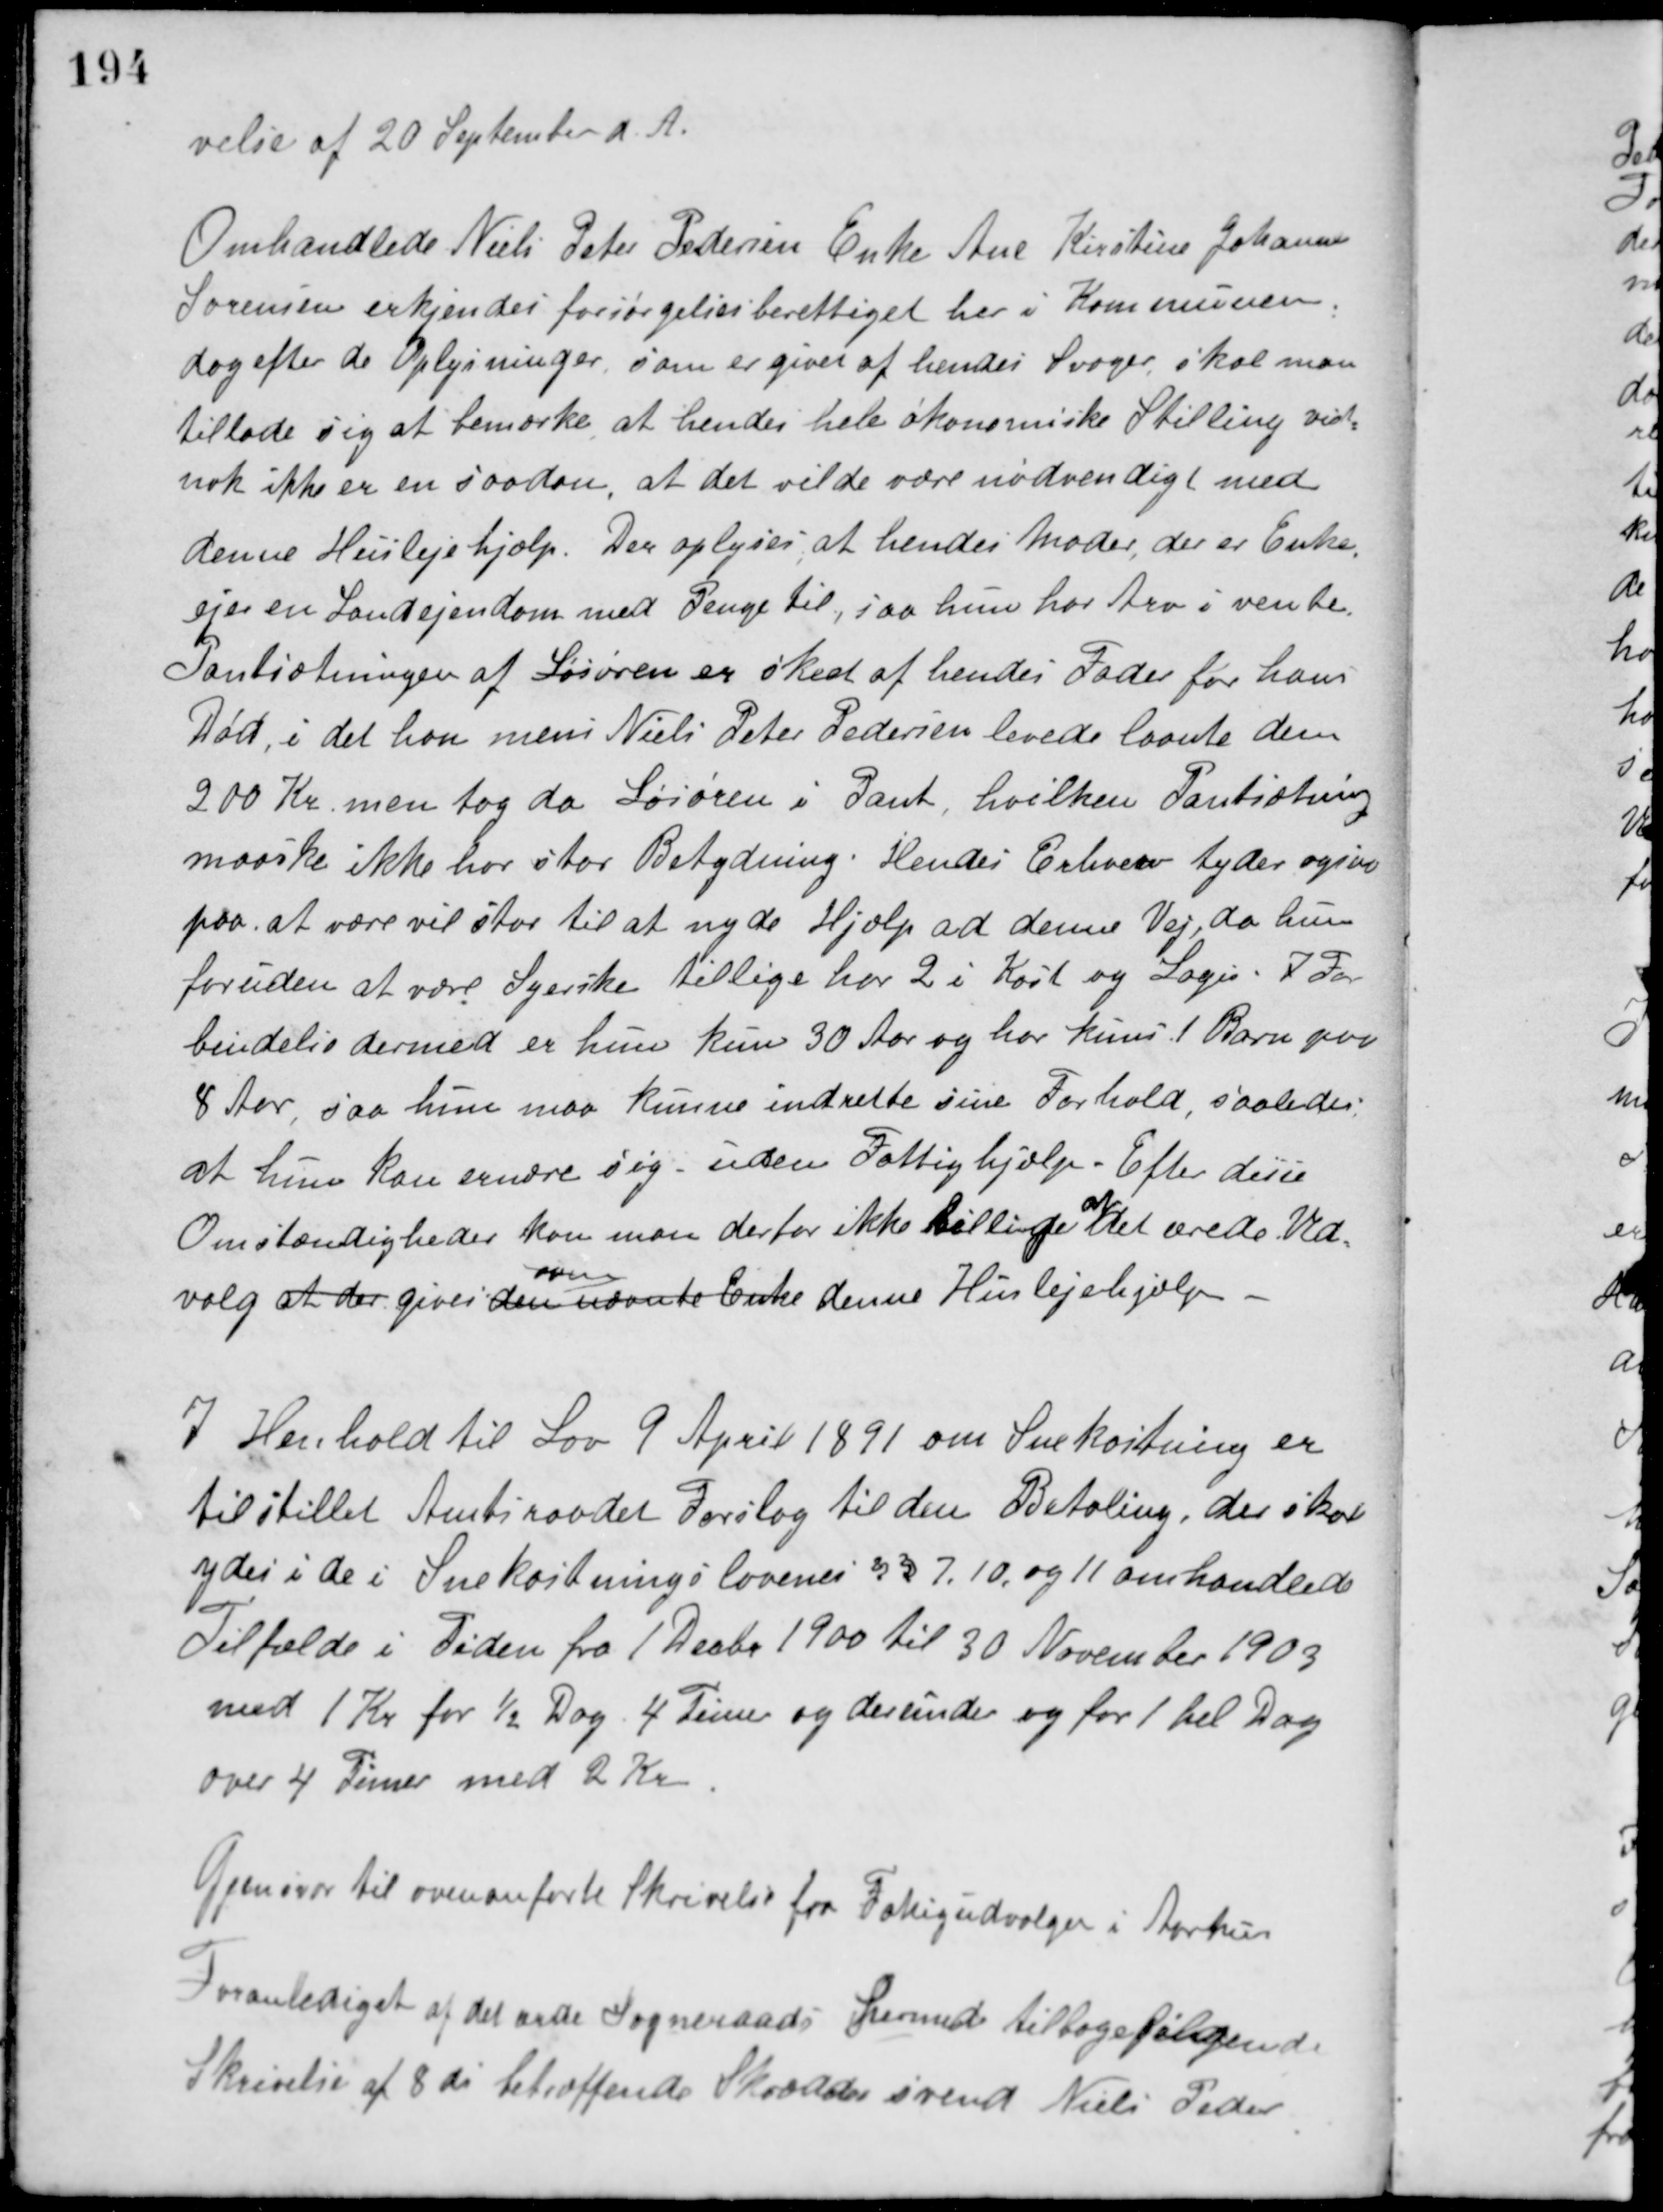
Transskription:
velse af 20 September d. A.
Omhandlede Niels Peter Pedersen Enke Ane Kirstine Johanne
Sørensen erkjendes forsørgelsesberettiget her i Kommunen.
dog efter de Oplysninger, som er givet af hendes Svoger, skal man
tillade sig at bemærke at hendes hele økonomiske Stilling vel
nok ikke er en saadan, at det vilde være nødvendigt med
denne Huslejehjælp. Der oplyses, at hendes Moder, der er Enke,
ejer en Landejendom med Penge til, saa hun har Arv i vente.
Pantsætningen af Løsøren er skeet af hendes Fader før hans
Død, i det han mens Niels Peter Pedersen levede laante dem
200 Kr. men tog da Løsøren i Pant, hvilken Pantsætning
maaske ikke har stor Betydning. Hendes Erhverv tyder ogsaa
paa, at være vel stor til at nyde Hjælp ad denne Vej, da hun
foruden at være Syerske tillige har 2 i Kost og Logi. I For-
bindelse dermed er hun kun 30 Aar og har kuns 1 Barn paa
8 Aar, saa hun maa kunne indrette sine Forhold, saaledes
at hun kan ændre sig, uden Fattighjælp - Efter disse
Omstændigheder kan man derfor ikke billige
at
det ærede Ud-
valg at der gives den
oven
nævnte Enke denne Huslejehjælp.
I Henhold til Lov 9 April 1891 om Snekastning er
tilstillet Amtsraadet Forslag til den Betaling, der skal
ydes i de i Snekastningslovenes §§ 7, 10 og 11 omhandlede
Tilfælde i Tiden fra 1 Decbr. 1900 til 30 November 1903
med 1 Kr for ½ Dag 4 Timer og derunder og for 1 hel Dag
over 4 Timer med 2 Kr.
Gjenviser til ovenanførte Skrivelse fra Fattigudvalget i Aarhus
Foranlediget af det ærede Sogneraads hermed tilbagefølgende
Skrivelse af 8 ds. betræffende Skræddersvend Niels Peder